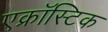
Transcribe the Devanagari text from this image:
एक्रॉस्टिक